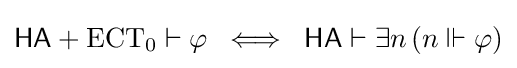
{\mathsf {HA}}+{\mathrm {ECT_{0}} }\vdash \varphi \;\iff \;{\mathsf {HA}}\vdash \exists n\,(n\Vdash \varphi )